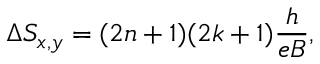
\Delta S _ { x , y } = ( 2 n + 1 ) ( 2 k + 1 ) \frac { h } { e B } ,